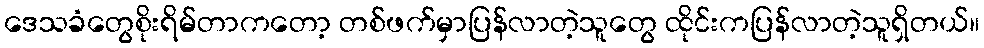
ဒေသခံတွေစိုးရိမ်တာကတော့ တစ်ဖက်မှာပြန်လာတဲ့သူတွေ ထိုင်းကပြန်လာတဲ့သူရှိတယ်။